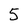
Character: 5